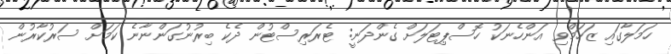
ހަމަލާގައި ޒަހަމްވި އަންހެނަކު ހޮސްޕިޓަލަށް ގެންދަނީ: ޓެރަރިސްޓުން ދެކެ ބިރުނުގަންނާނެ ކަމަށް ސަރުކާރުން